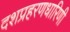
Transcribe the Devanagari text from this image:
दशप्रहरणधारिणी